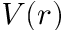
V ( r )